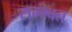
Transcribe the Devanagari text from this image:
सम्भ्वत